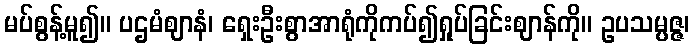
မပ်စွန့်မူ၍။ ပဌမံဈာနံ၊ ရှေးဦးစွာအာရုံကိုကပ်၍ရှုပ်ခြင်းဈာန်ကို။ ဥပသမ္ပဇ္ဇ၊